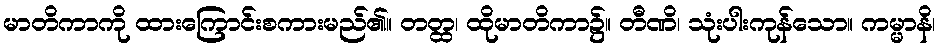
မာတိကာကို ထားကြောင်းစကားမည်၏။ တတ္ထ၊ ထိုမာတိကာ၌။ တီဏိ၊ သုံးပါးကုန်သော။ ကမ္မာနိ၊